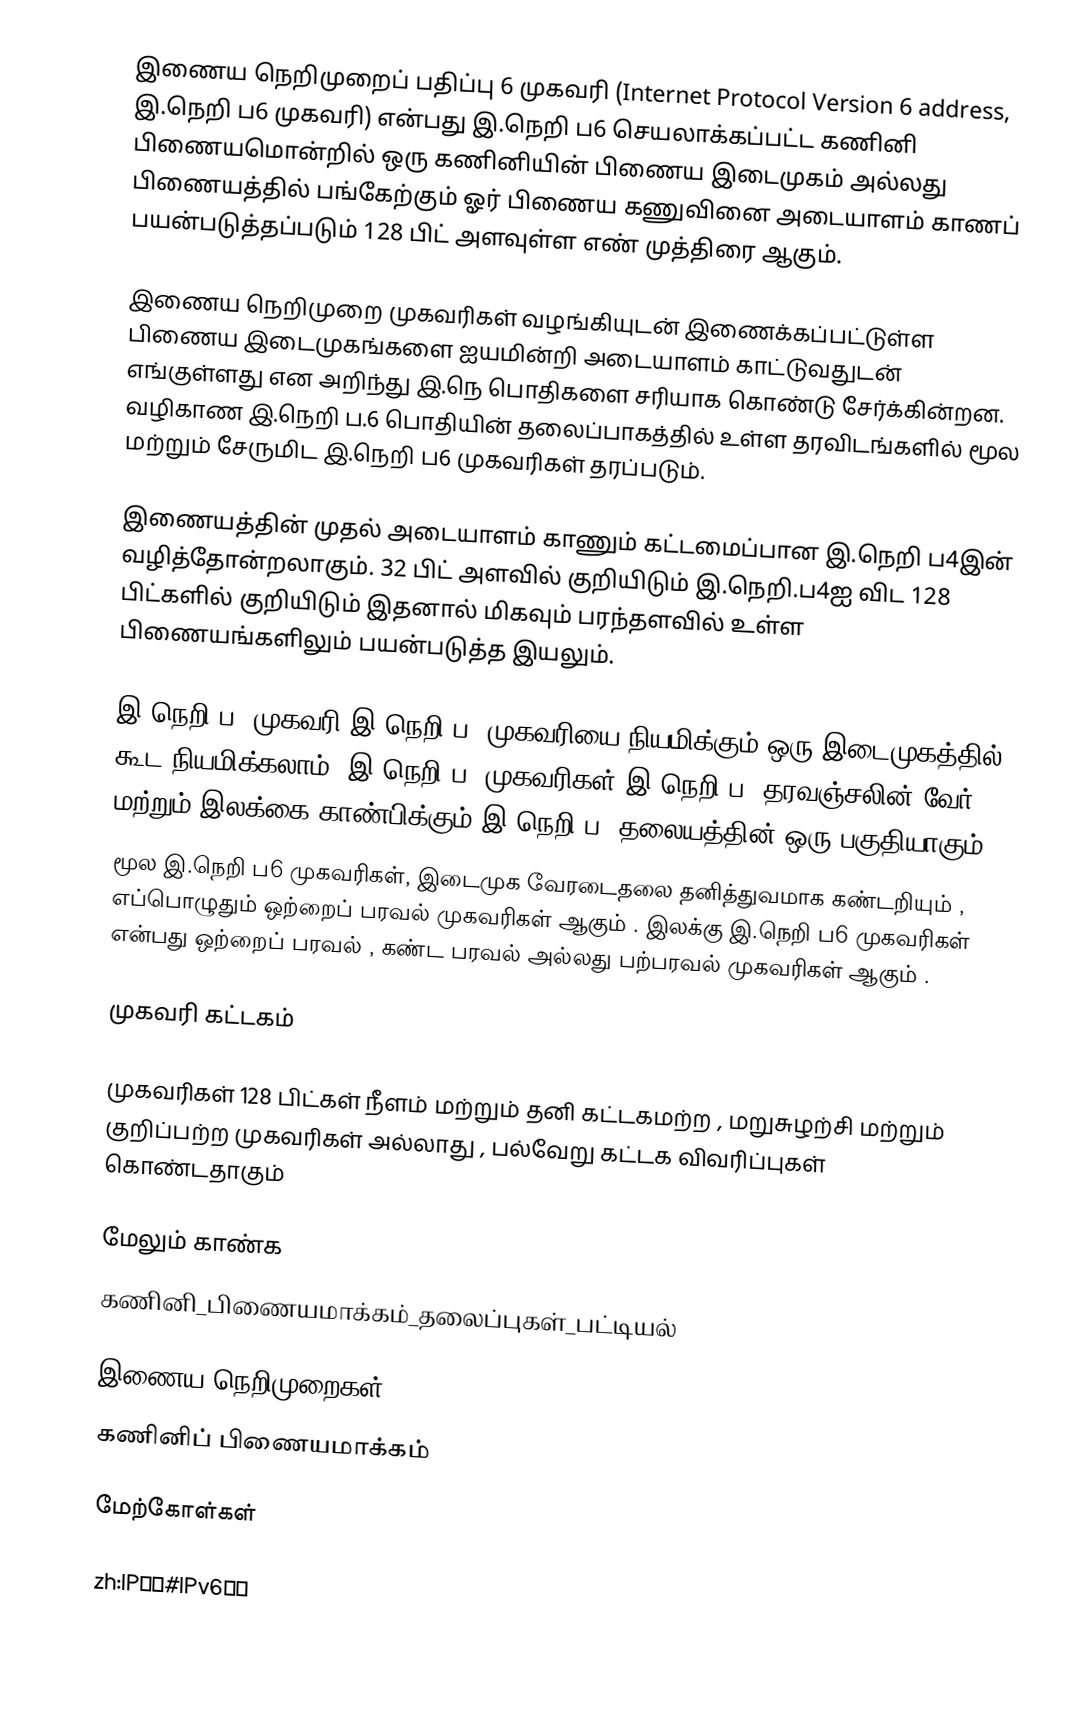
இணைய நெறிமுறைப் பதிப்பு 6 முகவரி (Internet Protocol Version 6 address, இ.நெறி ப6 முகவரி) என்பது இ.நெறி ப6 செயலாக்கப்பட்ட கணினி பிணையமொன்றில்  ஒரு கணினியின்  பிணைய இடைமுகம் அல்லது பிணையத்தில் பங்கேற்கும் ஓர் பிணைய கணுவினை அடையாளம் காணப் பயன்படுத்தப்படும்  128 பிட் அளவுள்ள எண் முத்திரை ஆகும்.

இணைய நெறிமுறை முகவரிகள் வழங்கியுடன் இணைக்கப்பட்டுள்ள பிணைய இடைமுகங்களை ஐயமின்றி அடையாளம் காட்டுவதுடன் எங்குள்ளது என அறிந்து இ.நெ பொதிகளை சரியாக கொண்டு சேர்க்கின்றன.  வழிகாண இ.நெறி ப.6 பொதியின் தலைப்பாகத்தில் உள்ள தரவிடங்களில் மூல மற்றும் சேருமிட இ.நெறி ப6 முகவரிகள் தரப்படும்.

இணையத்தின் முதல் அடையாளம் காணும் கட்டமைப்பான இ.நெறி ப4இன் வழித்தோன்றலாகும். 32 பிட் அளவில் குறியிடும் இ.நெறி.ப4ஐ விட 128 பிட்களில் குறியிடும் இதனால் மிகவும் பரந்தளவில் உள்ள பிணையங்களிலும் பயன்படுத்த இயலும்.

இ.நெறி ப6 முகவரி இ.நெறி ப4 முகவரியை நியமிக்கும் ஒரு இடைமுகத்தில் கூட நியமிக்கலாம் .இ.நெறி ப6 முகவரிகள் இ.நெறி ப6 தரவஞ்சலின் வேர் மற்றும் இலக்கை காண்பிக்கும் இ.நெறி ப6 தலையத்தின் ஒரு பகுதியாகும்.
மூல இ.நெறி ப6 முகவரிகள், இடைமுக வேரடைதலை தனித்துவமாக கண்டறியும் , எப்பொழுதும் ஒற்றைப் பரவல் முகவரிகள் ஆகும் . இலக்கு இ.நெறி ப6 முகவரிகள் என்பது ஒற்றைப் பரவல் , கண்ட பரவல் அல்லது பற்பரவல் முகவரிகள் ஆகும் .

முகவரி கட்டகம்

முகவரிகள் 128 பிட்கள் நீளம் மற்றும் தனி கட்டகமற்ற , மறுசுழற்சி மற்றும் குறிப்பற்ற முகவரிகள் அல்லாது , பல்வேறு கட்டக விவரிப்புகள் கொண்டதாகும்

மேலும் காண்க
கணினி_பிணையமாக்கம்_தலைப்புகள்_பட்டியல்

இணைய நெறிமுறைகள்
கணினிப் பிணையமாக்கம்

மேற்கோள்கள்

zh:IP地址#IPv6位址